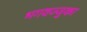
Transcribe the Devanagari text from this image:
भगवज्जुका